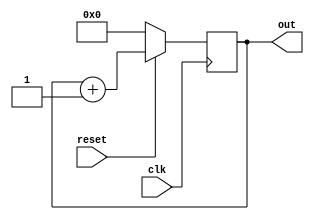
`timescale 1ns / 1ps
//////////////////////////////////////////////////////////////////////////////////
// Company: 
// Engineer: 
// 
// Design Name: 
// Module Name: bitcounter_4
// Project Name: 
// Target Devices: 
// Tool Versions: 
// Description: 
// 
// Dependencies: 
// 
// Revision:
// Revision 0.01 - File Created
// Additional Comments:
// 
//////////////////////////////////////////////////////////////////////////////////


module bitcounter_4(input clk,input reset,output reg [3:0] out);
always @(posedge clk)
begin
if(!reset)begin
out<=0;
end
else begin
out<=out+1;
end
end
endmodule